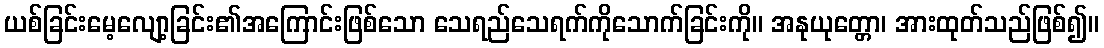
ယစ်ခြင်းမေ့လျော့ခြင်း၏အကြောင်းဖြစ်သော သေရည်သေရက်ကိုသောက်ခြင်းကို။ အနုယုတ္တော၊ အားထုတ်သည်ဖြစ်၍။